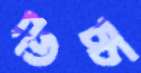
উচ্চ